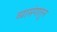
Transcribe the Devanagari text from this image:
व्यासंगातून